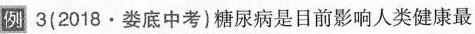
例3(2018·娄底中考)糖尿病是目前影响人类健康最